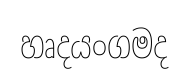
හෘදයංගමද